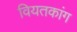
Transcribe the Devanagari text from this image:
वियतकांग